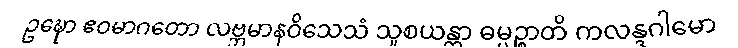
ဥဍ္ဎော ဧဝမာဂတော လဗ္ဘမာနဝိသေသံ သူစယန္တာ ဓမ္မဉ္စာတိ ကလန္ဒဂါမော